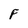
Character: F